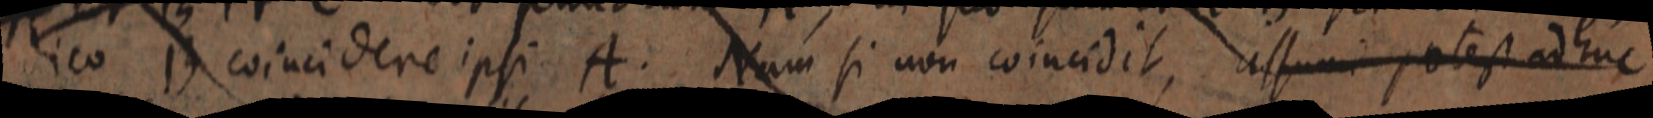
dico B coincidere ipsi A. Nam si non coincidit, assumi potest adhuc